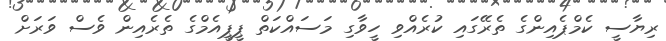
ރިޔާސީ ކެމްޕެއިންގެ ތެރޭގައި ކުރެއްވި ހީވާގި މަސައްކަތް ޕީޕީއެމްގެ ތެރެއިން ވެސް ވަރަށް